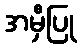
အမှီပြု